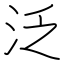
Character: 泛